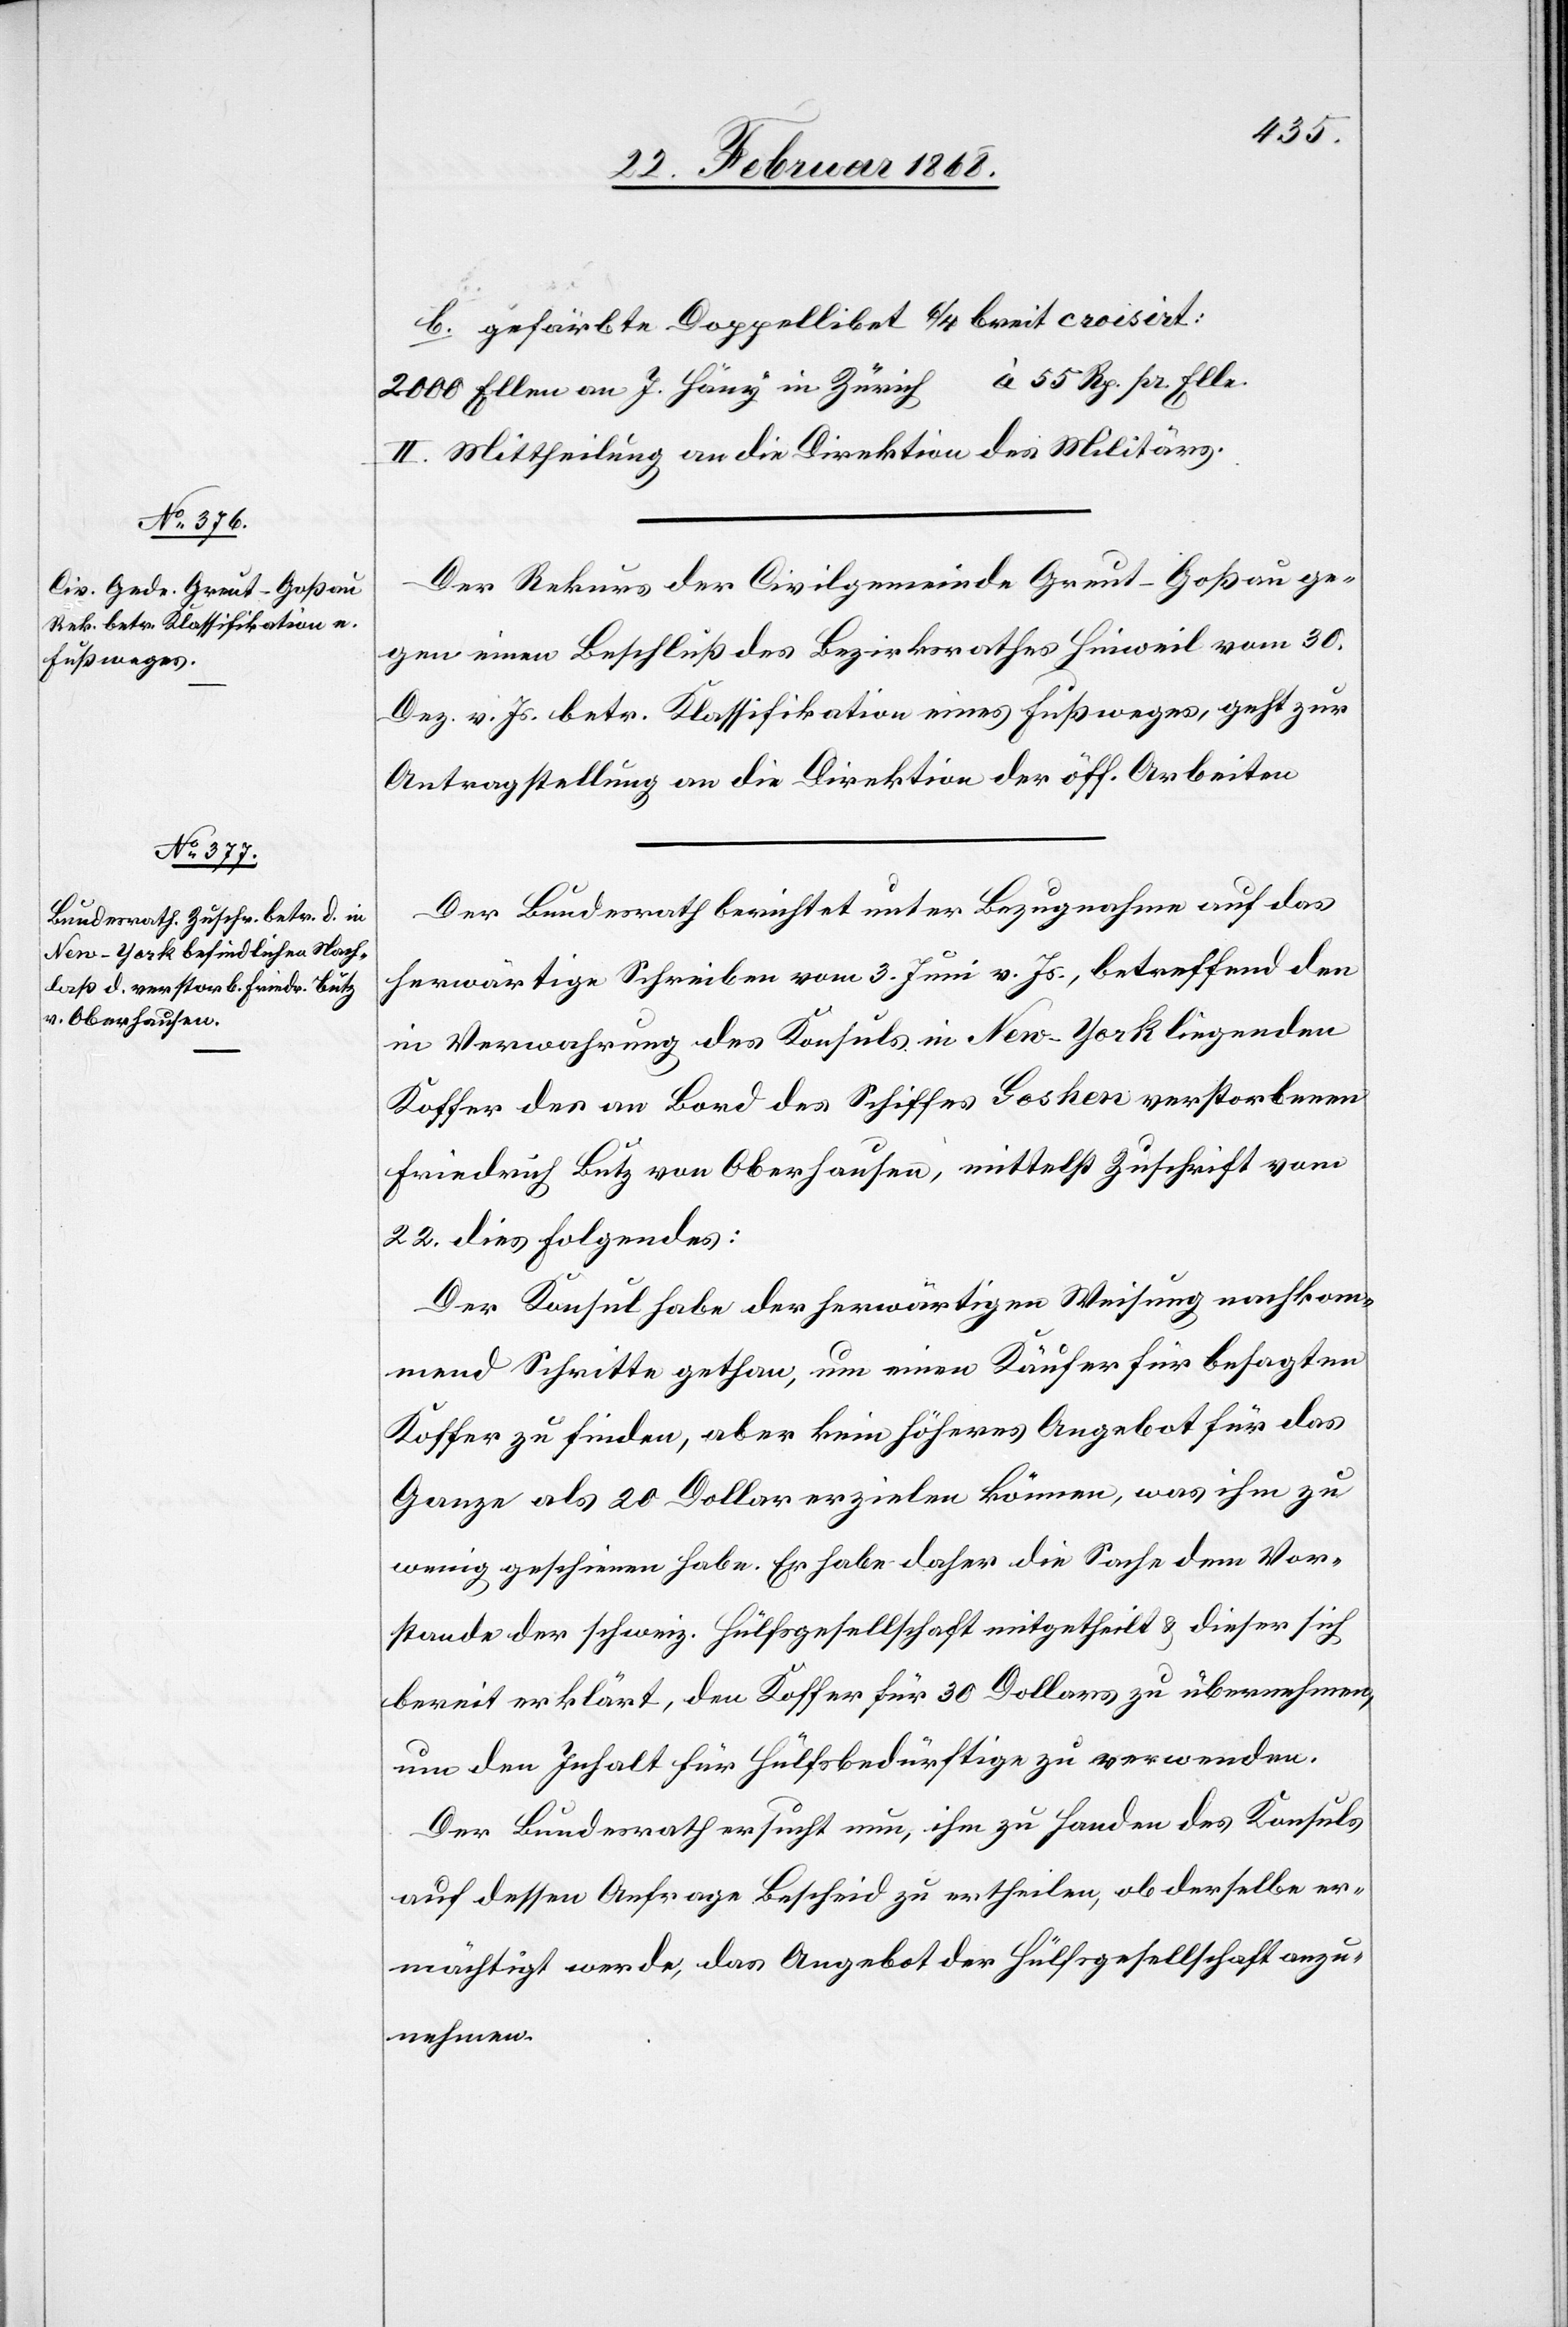
25. Februar 1868.]
b. gefärbte Doppellibet 6/4 breit croisèrt:
2000 Ellen an J. Häny in Zürich à 55 Rp. pr. Elle.
II. Mittheilung an die Direktion des Militärs.
Der Rekurs der Civilgemeinde Greut-Goßau ge¬
gen einen Beschluß des Bezirksrathes Hinweil vom 30.
Dez. v. Js. betr. Klassifikation eines Fußweges, geht zur
Antragstellung an die Direktion der öff. Arbeiten[.]
Der Bundesrath berichtet unter Bezugnahme auf das
herwärtige Schreiben vom 3. Juni v. Js., betreffend den
in Verwahrung des Konsuls in New-York liegenden
Koffer des an Bord des Schiffes Goshen verstorbenen
Friedrich Butz von Oberhausen, mittelst Zuschrift vom
22. dies Folgendes:
Der Konsul habe der herwärtigen Weisung nachkom¬
mend Schritte gethan, um einen Käufer für besagten
Koffer zu finden, aber kein höheres Angebot für das
Ganze als 20 Dollar erzielen können, was ihm zu
wenig geschienen habe. Er habe daher die Sache dem Vor¬
stande der schweiz. Hülfsgesellschaft mitgetheilt & dieser sich
bereit erklärt, den Koffer für 30 Dollars zu übernehmen,
um den Inhalt für Hülfsbedürftige zu verwenden.
Der Bundesrath ersucht nun, ihm zu Handen des Konsuls
auf dessen Anfrage Bescheid zu ertheilen, ob derselbe er¬
mächtigt werde, das Angebot der Hülfsgesellschaft anzu¬
nehmen.